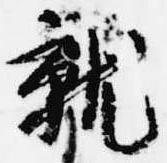
就